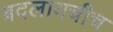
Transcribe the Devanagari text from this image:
बदलायचीच